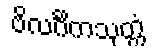
ဗိလင်္ဂိကသုတ္တံ